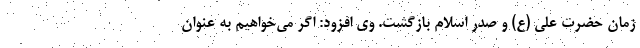
زمان حضرت علی (ع) و صدر اسلام بازگشت. وی افزود: اگر می‌خواهیم به عنوان